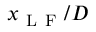
x _ { \mathrm { ~ L ~ F ~ } } / D